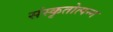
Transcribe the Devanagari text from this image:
संस्कृतोत्पन्न